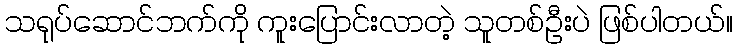
သရုပ်ဆောင်ဘက်ကို ကူးပြောင်းလာတဲ့ သူတစ်ဦးပဲ ဖြစ်ပါတယ်။